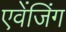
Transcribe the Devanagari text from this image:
एवेंजिंग